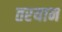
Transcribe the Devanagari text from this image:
तरयान